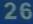
26